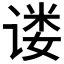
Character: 𫍴